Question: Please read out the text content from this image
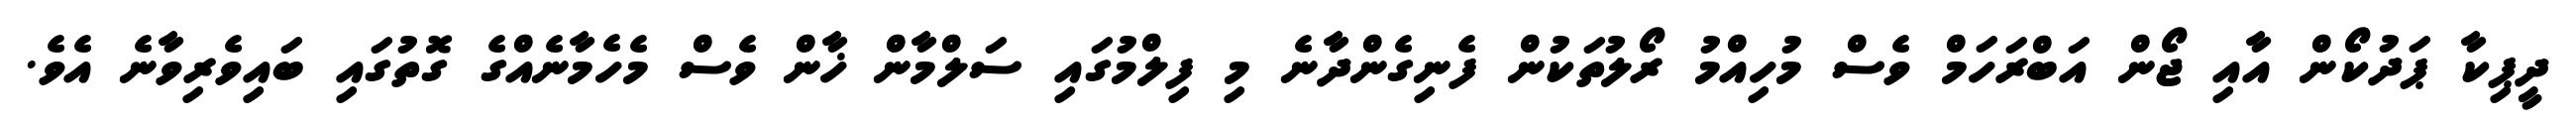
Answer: ދީޕިކާ ޕަދުކޯން އާއި ޖޯން އަބްރަހަމް ވެސް މުހިއްމު ރޯލުތަކުން ފެނިގެންދާނެ މި ފިލްމުގައި ސަލްމާން ޚާން ވެސް މެހެމާނެއްގެ ގޮތުގައި ބައިވެރިވާނެ އެވެ.